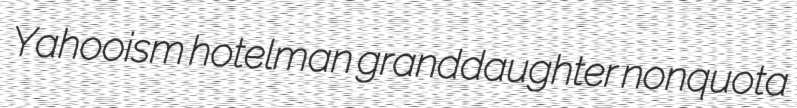
Yahooism hotelman granddaughter nonquota